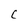
Character: C